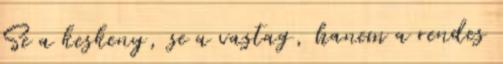
Se a keskeny, se a vastag, hanem a rendes